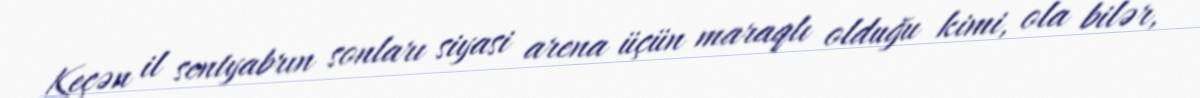
Keçən il sentyabrın sonları siyasi arena üçün maraqlı olduğu kimi, ola bilər,